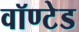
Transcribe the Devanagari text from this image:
वॉण्टेड